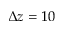
\Delta z = 1 0